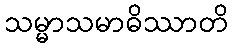
သမ္မာသမာဓိဿာတိ